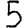
Digit: 5